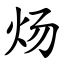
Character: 炀